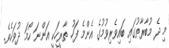
މި ދެ މުބާރާތުގައި ބައިވެރިވުމުގެ އެންމެ ފަހު ތާރީހަކީ އަންނަ ހޯމަ ދުވަހެވެ.